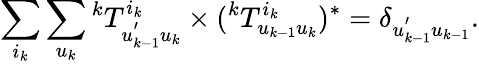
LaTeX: \sum_{i_{k}}{\sum_{u_{k}}{{^kT_{u_{k-1}^{'}u_{k}}^{i_{k}}}\times({^kT_{u_{k-1}u_{k}}^{i_{k}}})^{*}}}=\delta_{u_{k-1}^{'}u_{k-1}}.